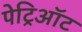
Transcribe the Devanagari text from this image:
पेट्रिऑट